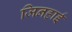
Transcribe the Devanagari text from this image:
जिनहाई